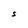
Character: S